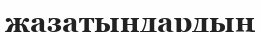
жазатындардың